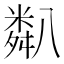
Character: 𥻋